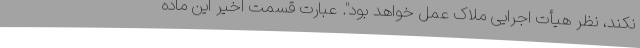
نکند، نظر هیأت اجرایی ملاک عمل خواهد بود". عبارت قسمت اخیر این ماده